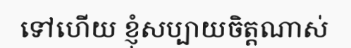
ទៅហើយ ខ្ញុំសប្បាយចិត្តណាស់